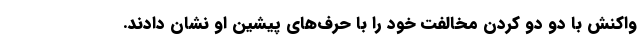
واکنش با دو دو کردن مخالفت خود را با حرف‌های پیشین او نشان دادند.